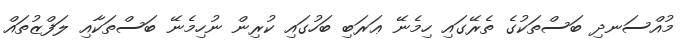
މުއްސަނދި ބަސްތަކުގެ ތެރޭގައި ހިމެނޭ ޢަރަބި ބަހުގައި ކުރިން ނުހިމެނޭ ބަސްތަކާއި ލަފްޒުތައް